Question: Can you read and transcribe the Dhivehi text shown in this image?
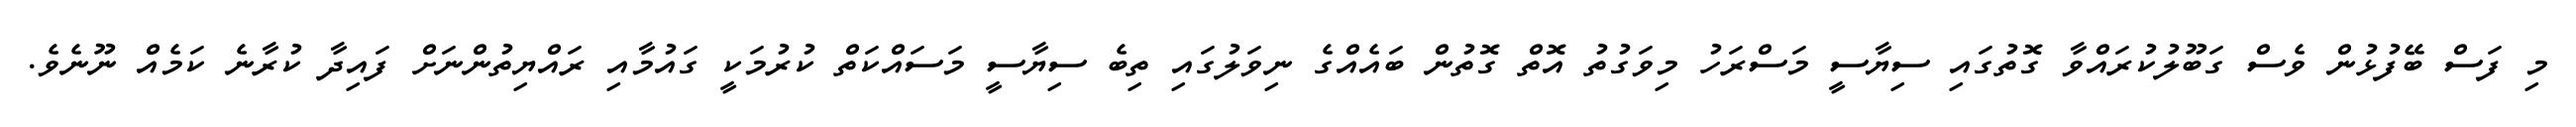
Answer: މި ފަސް ބޭފުޅުން ވެސް ގަބޫލުކުރައްވާ ގޮތުގައި ސިޔާސީ މަސްރަހު މިވަގުތު އޮތް ގޮތުން ބައެއްގެ ނިވަލުގައި ތިބެ ސިޔާސީ މަސައްކަތް ކުރުމަކީ ގައުމާއި ރައްޔިތުންނަށް ފައިދާ ކުރާނެ ކަމެއް ނޫނެވެ.